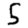
Digit: 5